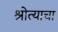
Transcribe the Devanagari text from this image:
श्रोत्याचा